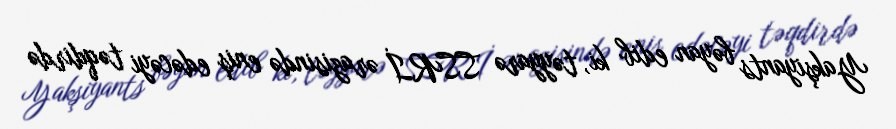
Yakşiyants bəyan edib ki, təyyarə SSRİ ərazisində eniş edəcəyi təqdirdə